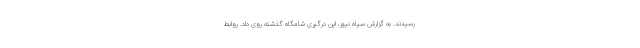
رسیدند. به گزارش سپاه نیوز، این درگیری شامگاه گذشته روی داد. روابط